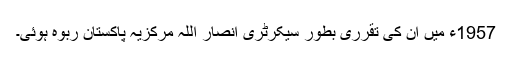
1957ء میں ان کی تقرری بطور سیکرٹری انصار اللہ مرکزیہ پاکستان ربوہ ہوئی۔